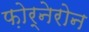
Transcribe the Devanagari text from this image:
फ़ोर्नेरोन